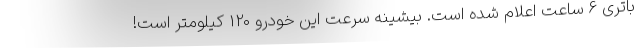
باتری 6 ساعت اعلام شده است. بیشینه سرعت این خودرو 120 کیلومتر است!